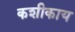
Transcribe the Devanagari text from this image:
कशीकाय